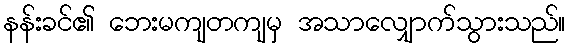
နန်းခင်၏ ဘေးမကျတကျမှ အသာလျှောက်သွားသည်။